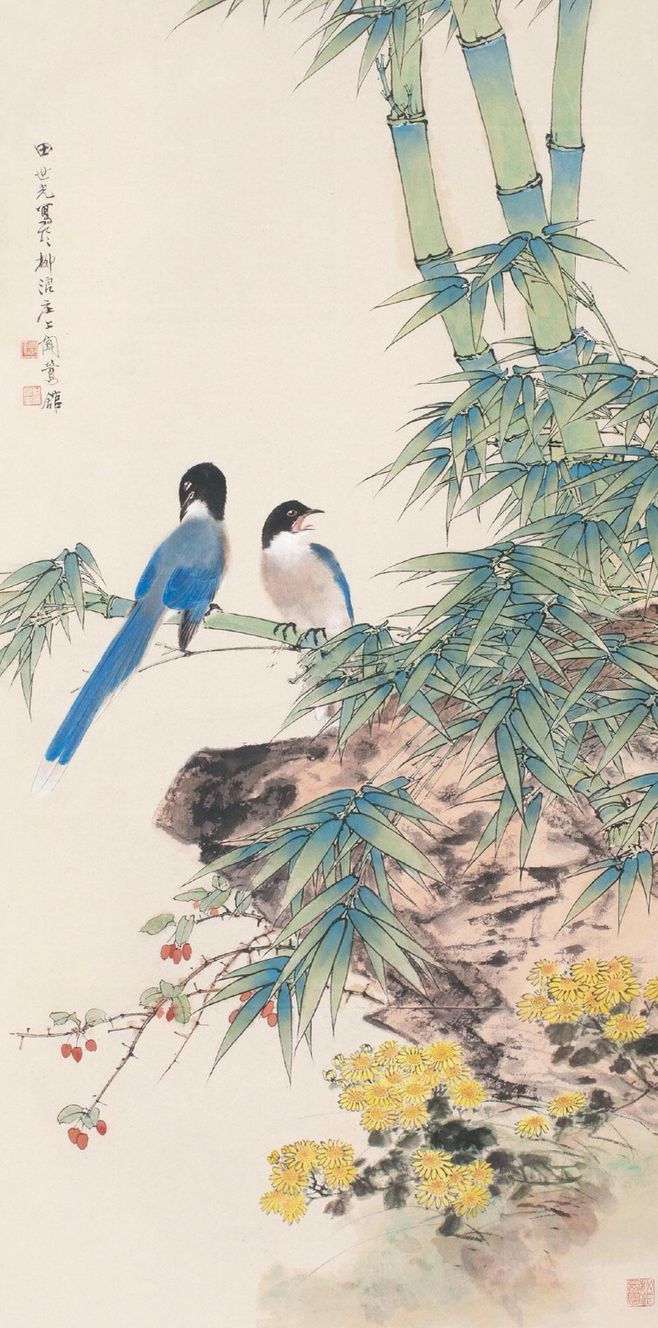
诗家清景在新春，绿柳才黄半未匀。